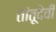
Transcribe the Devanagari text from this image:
तांतूदेवी